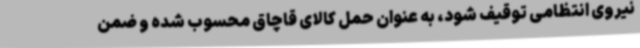
نیروی انتظامی توقیف شود، به عنوان حمل کالای قاچاق محسوب شده و ضمن